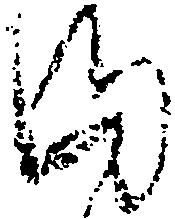
ま